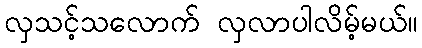
လှသင့်သလောက် လှလာပါလိမ့်မယ်။